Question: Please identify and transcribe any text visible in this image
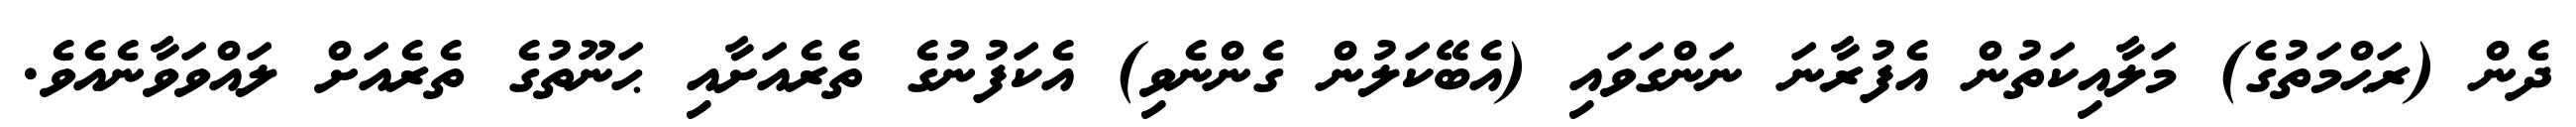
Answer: ދެން (ރަޙްމަތުގެ) މަލާއިކަތުން އެފުރާނަ ނަންގަވައި (އެބޭކަލުން ގެންނެވި) އެކަފުނުގެ ތެރެއަށާއި ޙަނޫތުގެ ތެރެއަށް ލައްވަވާނެއެވެ.